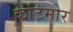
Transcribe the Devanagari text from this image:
केटिमोर